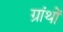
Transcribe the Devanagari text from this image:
ग्रांथों